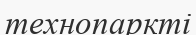
технопаркті